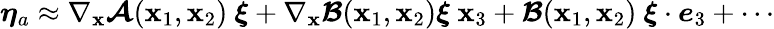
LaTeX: \boldsymbol{\eta}_{a}\approx\nabla_{\boldsymbol{\mathbf{x}}}\boldsymbol{\mathcal{{A}}}(\mathbf{x}_{1},\mathbf{x}_{2})\ \boldsymbol{\xi}+\nabla_{\boldsymbol{\mathbf{x}}}\boldsymbol{\mathcal{{B}}}(\mathbf{x}_{1},\mathbf{x}_{2})\boldsymbol{\xi}\ \mathbf{x}_{3}+\boldsymbol{\mathcal{{B}}}(\mathbf{x}_{1},\mathbf{x}_{2})\ \boldsymbol{\xi}\cdot\boldsymbol{e}_{3}+\cdots